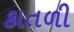
કાતળી